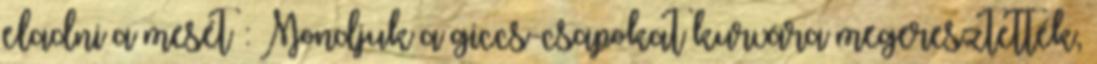
eladni a mesét : Mondjuk a giccs-csapokat kurvára megeresztették,